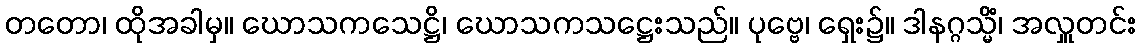
တတော၊ ထိုအခါမှ။ ဃောသကသေဋ္ဌိ၊ ဃောသကသဋ္ဌေးသည်။ ပုဗ္ဗေ၊ ရှေး၌။ ဒါနဂ္ဂသ္မိံ၊ အလှူတင်း